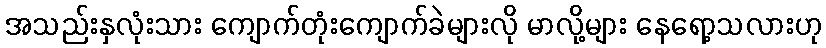
အသည်းနှလုံးသား ကျောက်တုံးကျောက်ခဲများလို မာလို့များ နေရော့သလားဟု